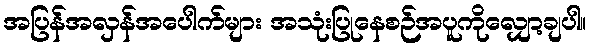
အပြန်အလှန်အပေါက်များ အသုံးပြုနေစဉ်အပူကိုလျှော့ချပါ။